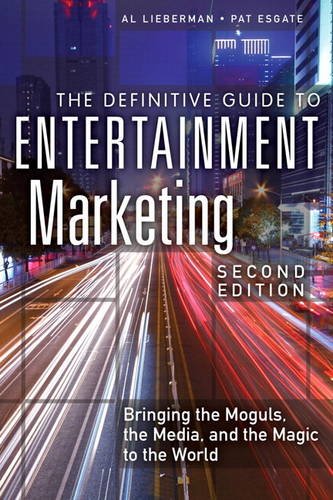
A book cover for The Definitive Guide to Entertainment Marketing: Bringing the Moguls, the Media, and the Magic to the World (2nd Edition); Al Lieberman; Computers & Technology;